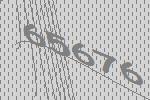
65676